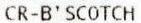
CR-B'SCOTCH